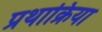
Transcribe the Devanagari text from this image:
प्रथाक्रिया